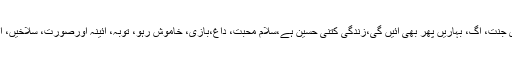
ان کی مشہور فلموں میں آنسو بن گئے موتی، میرا گھر میری جنت، آگ، بہاریں پھر بھی آئیں گی،زندگی کتنی حسین ہے،سلام محبت، داغ،بازی، خاموش رہو، توبہ، آئینہ اورصورت، سلاخیں، انسان اورآدمی، نوکر اورجیسے جانتے نہیں وغیرہ شامل ہیں۔